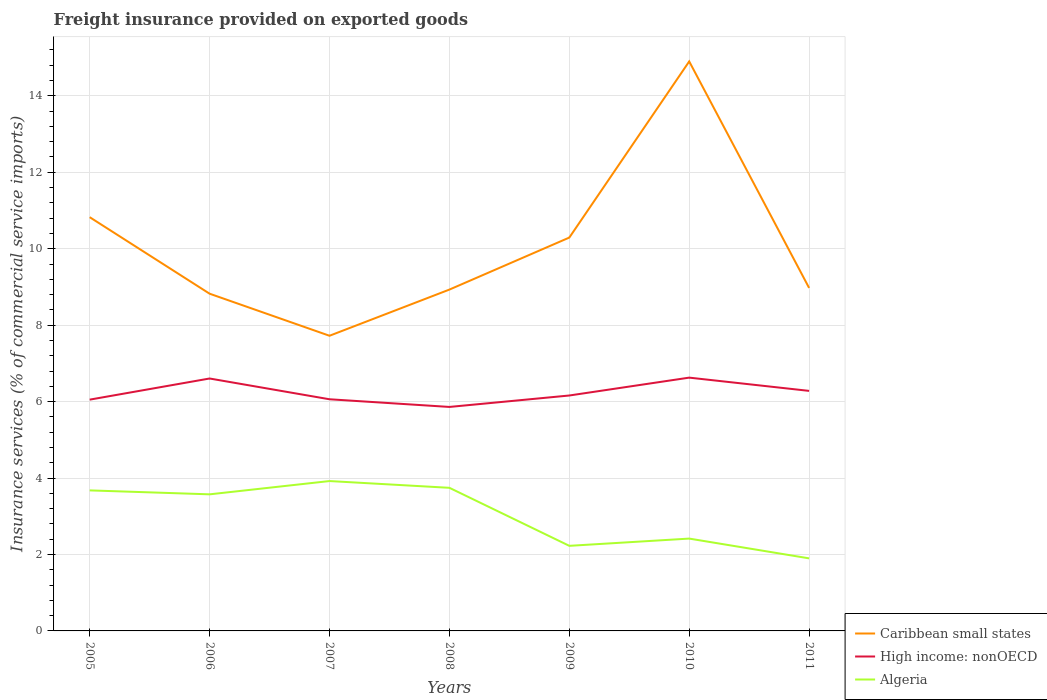
| Years | Caribbean small states | High income: nonOECD | Algeria |
 | --- | --- | --- | --- |
 | 2005 | 10.8 | 6.05 | 3.68 |
 | 2006 | 8.82 | 6.6 | 3.57 |
 | 2007 | 7.72 | 6.06 | 3.92 |
 | 2008 | 8.93 | 5.86 | 3.74 |
 | 2009 | 10.3 | 6.16 | 2.23 |
 | 2010 | 14.9 | 6.63 | 2.42 |
 | 2011 | 8.97 | 6.28 | 1.9 |